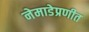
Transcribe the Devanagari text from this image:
नेमाडेप्रणीत